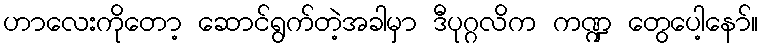
ဟာလေးကိုတော့ ဆောင်ရွက်တဲ့အခါမှာ ဒီပုဂ္ဂလိက ကဏ္ဍ တွေပေါ့နော်။